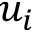
u _ { i }